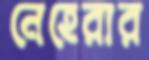
নেহেরার